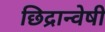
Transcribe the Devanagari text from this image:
छिद्रान्वेषी